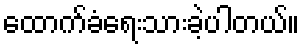
ထောက်ခံရေးသားခဲ့ပါတယ်။